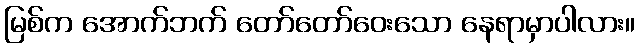
မြစ်က အောက်ဘက် တော်တော်ဝေးသော နေရာမှာပါလား။